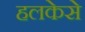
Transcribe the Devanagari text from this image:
हलकेसे